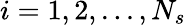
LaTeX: i=1,2,...,N_{s}